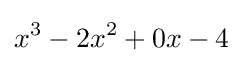
x^{3}-2x^{2}+0x-4